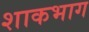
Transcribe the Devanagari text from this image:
शाकभाग